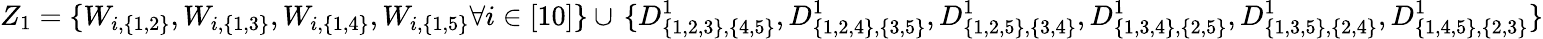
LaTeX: {Z_{1}=\{ W_{i,\{ 1,2\} },W_{i,\{ 1,3\} },W_{i,\{ 1,4\} },W_{i,\{ 1,5\} }\forall i\in[10]\} }\cup\, {\{ D_{\{ 1,2,3\} ,\{ 4,5\} }^{1},D_{\{ 1,2,4\} ,\{ 3,5\} }^{1},D_{\{ 1,2,5\} ,\{ 3,4\} }^{1},D_{\{ 1,3,4\} ,\{ 2,5\} }^{1},D_{\{ 1,3,5\} ,\{ 2,4\} }^{1},D_{\{ 1,4,5\} ,\{ 2,3\} }^{1}\} }